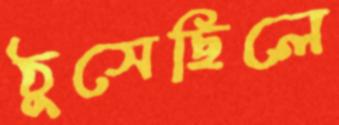
ঠুসেছিলে